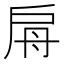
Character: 𢩀